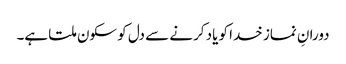
دورانِ نماز خدا کو یاد کرنے سے دل کو سکون ملتا ہے۔